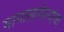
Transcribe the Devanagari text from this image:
मागासलेल्यांना